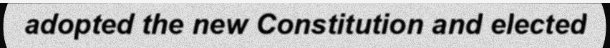
adopted the new Constitution and elected